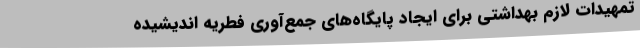
تمهیدات لازم بهداشتی برای ایجاد پایگاه‌های جمع‌آوری فطریه اندیشیده